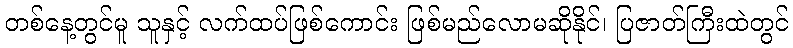
တစ်နေ့တွင်မူ သူနှင့် လက်ထပ်ဖြစ်ကောင်း ဖြစ်မည်လောမဆိုနိုင်၊ ပြဇာတ်ကြီးထဲတွင်